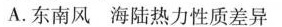
A.东南风 海陆热力性质差异